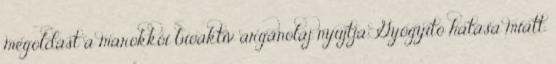
megoldást a marokkói bioaktív argán­olaj nyújtja. Gyógyító hatása miatt,